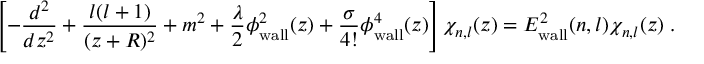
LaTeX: \left[ - \frac { d ^ { 2 } } { d z ^ { 2 } } + \frac { l ( l + 1 ) } { ( z + R ) ^ { 2 } } + m ^ { 2 } + \frac { \lambda } { 2 } \phi _ { \mathrm { w a l l } } ^ { 2 } ( z ) + \frac { \sigma } { 4 ! } \phi _ { \mathrm { w a l l } } ^ { 4 } ( z ) \right] \chi _ { n , l } ( z ) = E _ { \mathrm { w a l l } } ^ { 2 } ( n , l ) \chi _ { n , l } ( z ) \; .